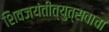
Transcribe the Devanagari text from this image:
शिवजयंतीत्युत्सवाचा